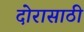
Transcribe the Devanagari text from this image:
दोरासाठी